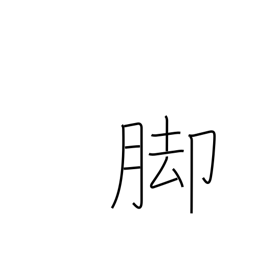
Meaning: lower part